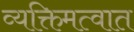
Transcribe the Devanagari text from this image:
व्यक्तिमत्वात